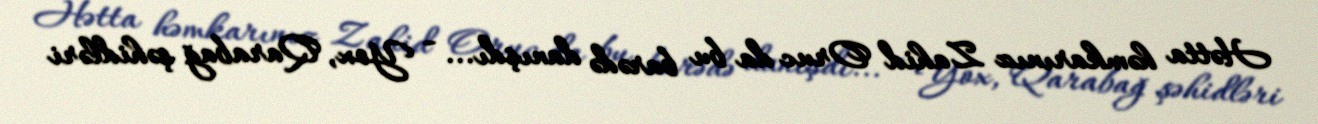
Hətta həmkarınız Zahid Oruc da bu barədə danışdı... - Yox, Qarabağ şəhidləri